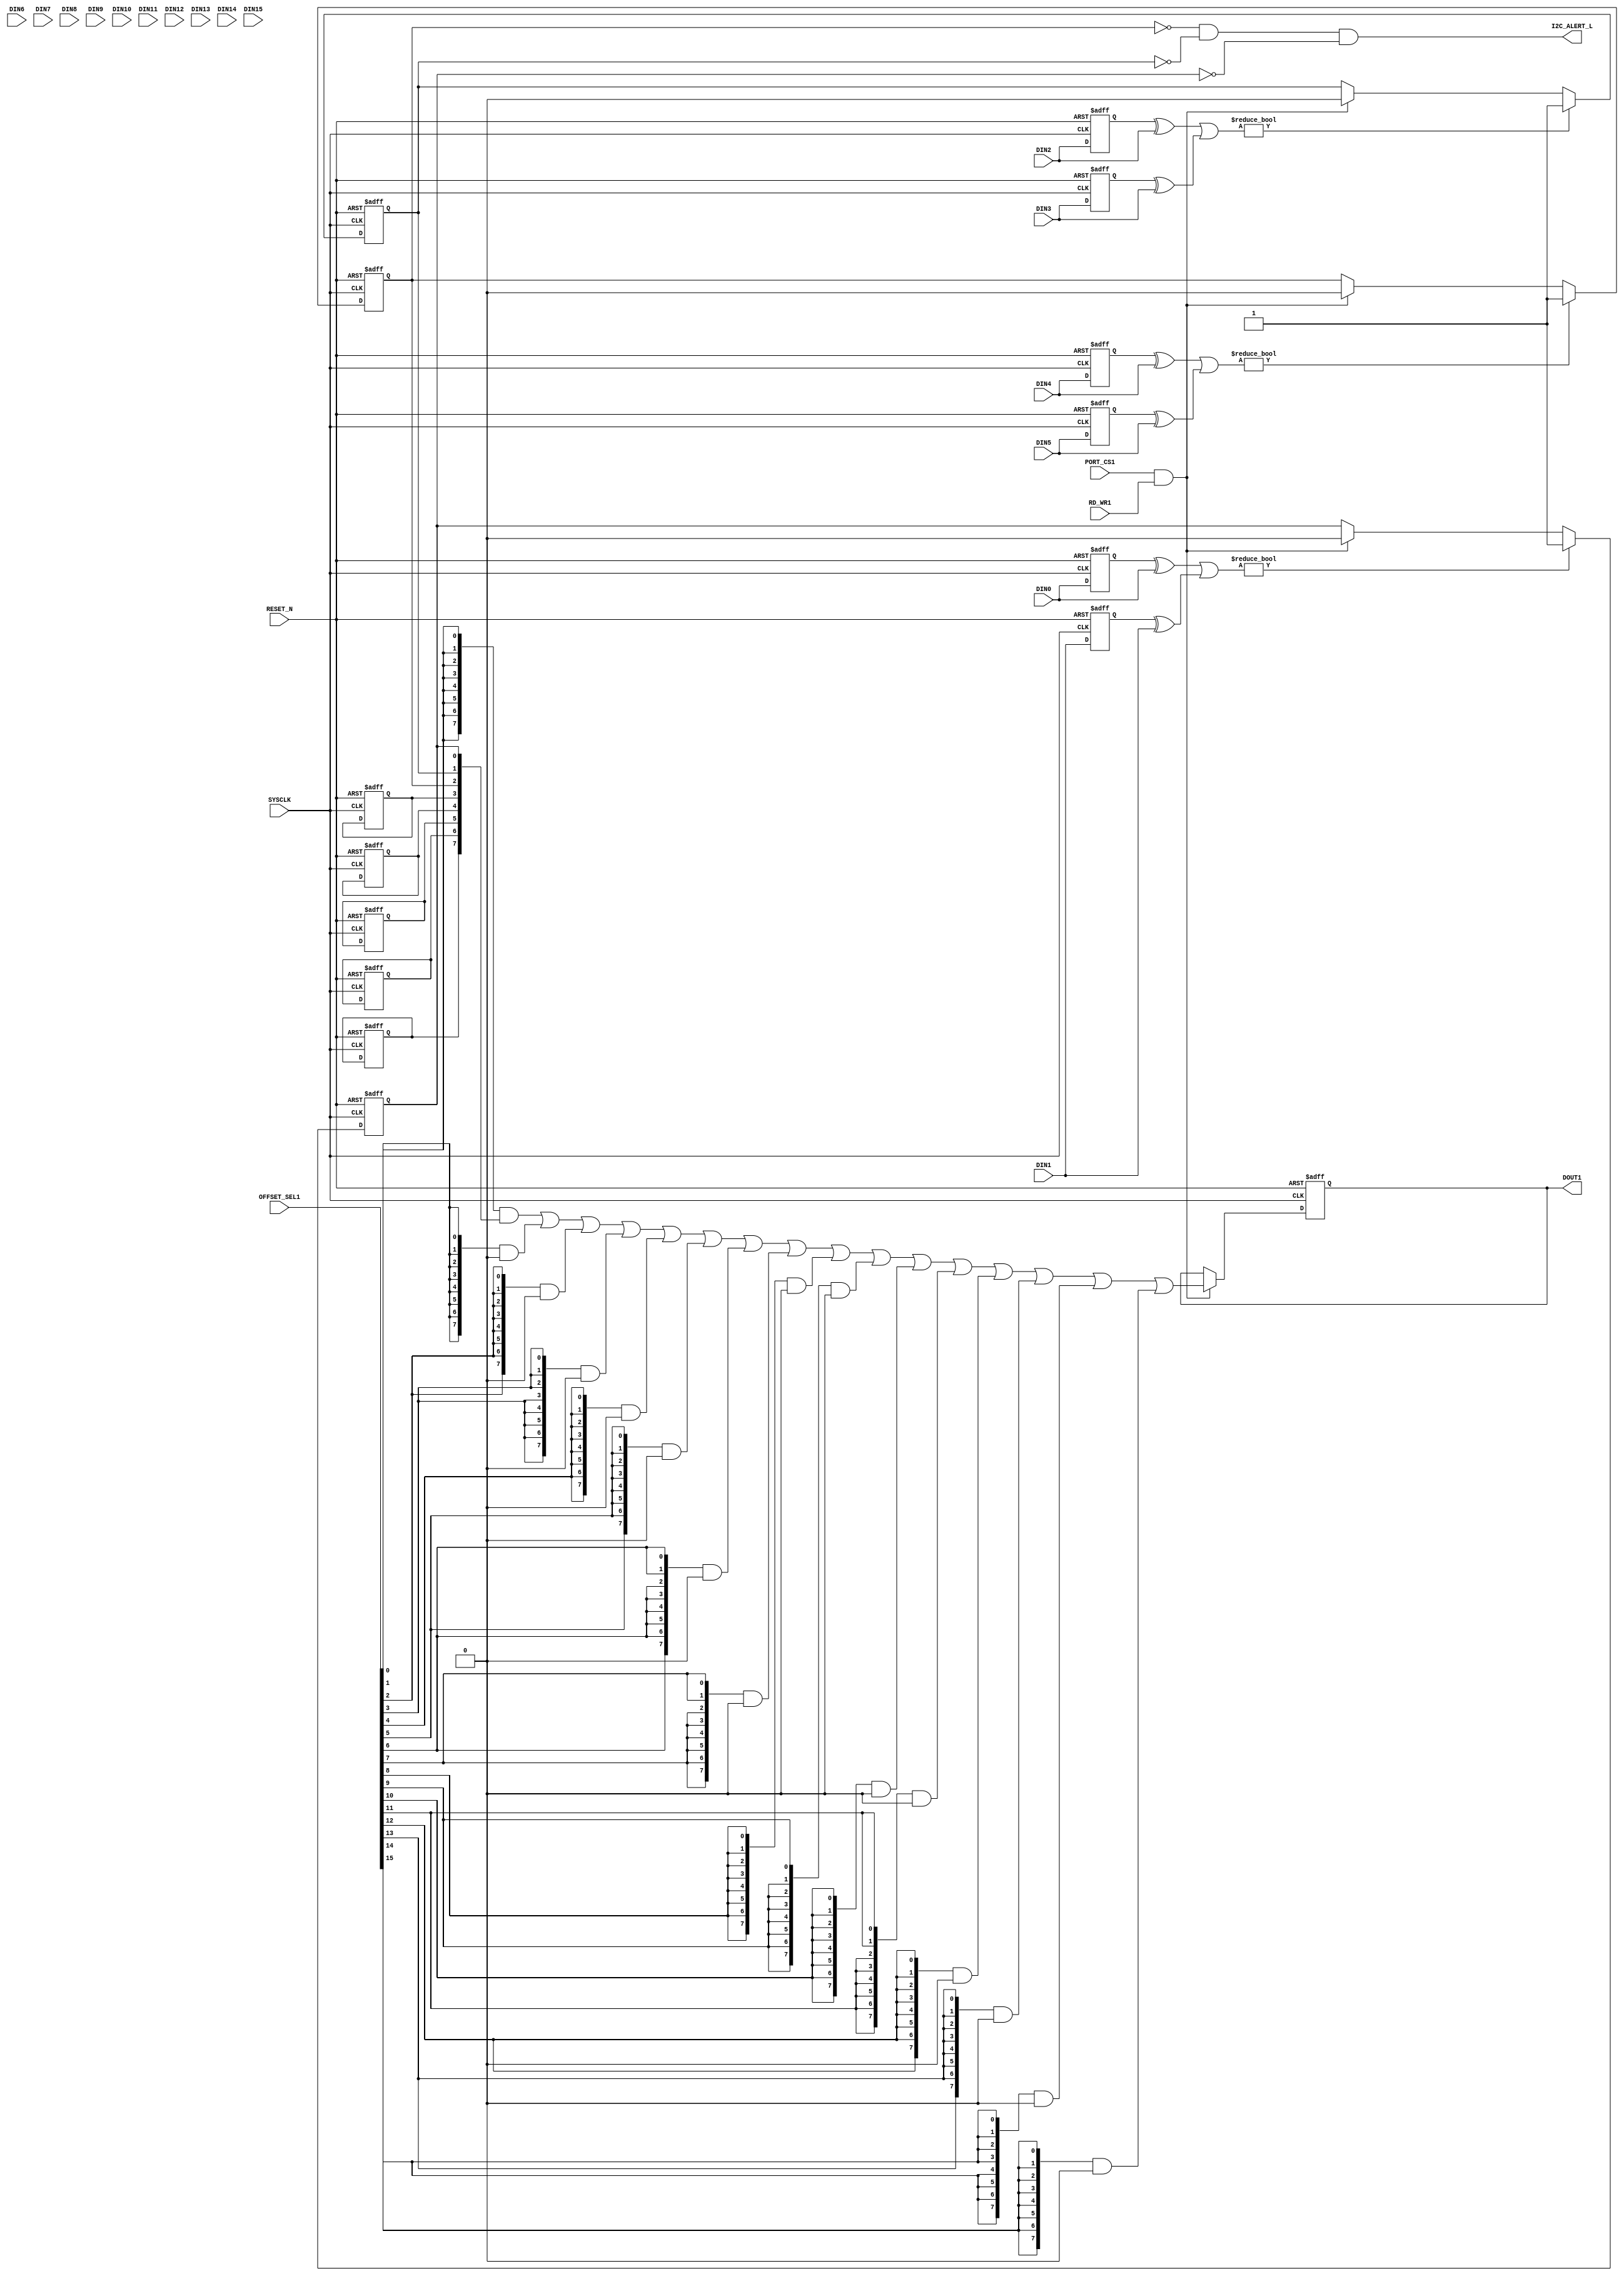
module INTERRUPT (
                input	    		SYSCLK,		 	//System clock
                input	    		RESET_N,		//Reset signal
                            
                input	    		PORT_CS1,		//PORT select signal
                input	    [15:0]	OFFSET_SEL1,	//Address offset selection
                input	    		RD_WR1,			//I2C read/write signal, 1 means read, 0 means write

                output reg	[7:0]	DOUT1,			//Output data when I2C read operation
                
                input       [7:0]   DIN0,DIN1,DIN2,DIN3,
				                    DIN4,DIN5,DIN6,DIN7,
									DIN8,DIN9,DIN10,DIN11,
									DIN12,DIN13,DIN14,DIN15,
				
				output              I2C_ALERT_L
			);

reg                 INTERRUPT7,INTERRUPT6,INTERRUPT5,INTERRUPT4,
                    INTERRUPT3,INTERRUPT2,INTERRUPT1,INTERRUPT0;
			
//Output data when I2C read operation FOR I2C1
wire		[7:0]	DOUT_W1 =	({8{OFFSET_SEL1[0 ]}} & {INTERRUPT7,INTERRUPT6,INTERRUPT5,INTERRUPT4,
                                                         INTERRUPT3,INTERRUPT2,INTERRUPT1,INTERRUPT0}  )    |
                                ({8{OFFSET_SEL1[1 ]}} & 0 )    |
                                ({8{OFFSET_SEL1[2 ]}} & 0 )    |
                                ({8{OFFSET_SEL1[3 ]}} & 0 )    |
                                ({8{OFFSET_SEL1[4 ]}} & 0 )    |
								({8{OFFSET_SEL1[5 ]}} & 0 )    |
                                ({8{OFFSET_SEL1[6 ]}} & 0 )    |
                                ({8{OFFSET_SEL1[7 ]}} & 0 )    |
                                ({8{OFFSET_SEL1[8 ]}} & 0 )    |
                                ({8{OFFSET_SEL1[9 ]}} & 0 )    |
								({8{OFFSET_SEL1[10]}} & 0 )    |
                                ({8{OFFSET_SEL1[11]}} & 0 )    |
                                ({8{OFFSET_SEL1[12]}} & 0 )    |
                                ({8{OFFSET_SEL1[13]}} & 0 )    |
                                ({8{OFFSET_SEL1[14]}} & 0 )    |
								({8{OFFSET_SEL1[15]}} & 0 );

reg         [7:0]   DIN0_D,DIN1_D,DIN2_D,DIN3_D,
					DIN4_D,DIN5_D,DIN6_D,DIN7_D,
					DIN8_D,DIN9_D,DIN10_D,DIN11_D,
					DIN12_D,DIN13_D,DIN14_D,DIN15_D;

assign              I2C_ALERT_L = ~INTERRUPT2 & ~INTERRUPT1 & ~INTERRUPT0;
					
//READ
always@(posedge SYSCLK or negedge RESET_N)
	begin
		if(RESET_N == 1'b0)
			begin
				DOUT1 <= 8'h0;
			end
		else
			begin
				DOUT1 <= (PORT_CS1 & RD_WR1)? DOUT_W1 : DOUT1;
			end
	end

//Interrupt bit set and clear
always@(posedge SYSCLK or negedge RESET_N)
	begin
		if(RESET_N == 1'b0)
			begin
			    {INTERRUPT7,INTERRUPT6,INTERRUPT5,INTERRUPT4,
                 INTERRUPT3,INTERRUPT2,INTERRUPT1,INTERRUPT0} <= 8'h0;
				
                {DIN15_D,DIN14_D,DIN13_D,DIN12_D,
				 DIN11_D,DIN10_D,DIN9_D,DIN8_D,
				 DIN7_D,DIN6_D,DIN5_D,DIN4_D,
				 DIN3_D,DIN2_D,DIN1_D,DIN0_D} <= 16'h0;
			end
		else
		    begin
			    INTERRUPT0 <= (DIN0_D ^ DIN0) | (DIN1_D ^ DIN1) ? 1'b1 : (PORT_CS1 & RD_WR1? 1'b0 : INTERRUPT0);
				INTERRUPT1 <= (DIN2_D ^ DIN2) | (DIN3_D ^ DIN3) ? 1'b1 : (PORT_CS1 & RD_WR1? 1'b0 : INTERRUPT1);
				INTERRUPT2 <= (DIN4_D ^ DIN4) | (DIN5_D ^ DIN5) ? 1'b1 : (PORT_CS1 & RD_WR1? 1'b0 : INTERRUPT2);
				 
				{DIN15_D,DIN14_D,DIN13_D,DIN12_D,
				 DIN11_D,DIN10_D,DIN9_D,DIN8_D,
				 DIN7_D,DIN6_D,DIN5_D,DIN4_D,
				 DIN3_D,DIN2_D,DIN1_D,DIN0_D} <= {DIN15,DIN14,DIN13,DIN12,
				                                  DIN11,DIN10,DIN9,DIN8,
				                                  DIN7,DIN6,DIN5,DIN4,
				                                  DIN3,DIN2,DIN1,DIN0};
			end
	end

endmodule